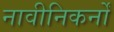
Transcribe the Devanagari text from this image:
नावीनिकर्नों